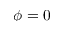
\phi = 0